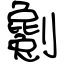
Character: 劖